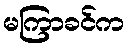
မကြာခင်က